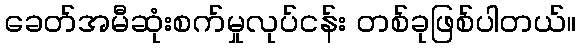
ခေတ်အမီဆုံးစက်မှုလုပ်ငန်း တစ်ခုဖြစ်ပါတယ်။